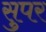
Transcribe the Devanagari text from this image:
सुपर